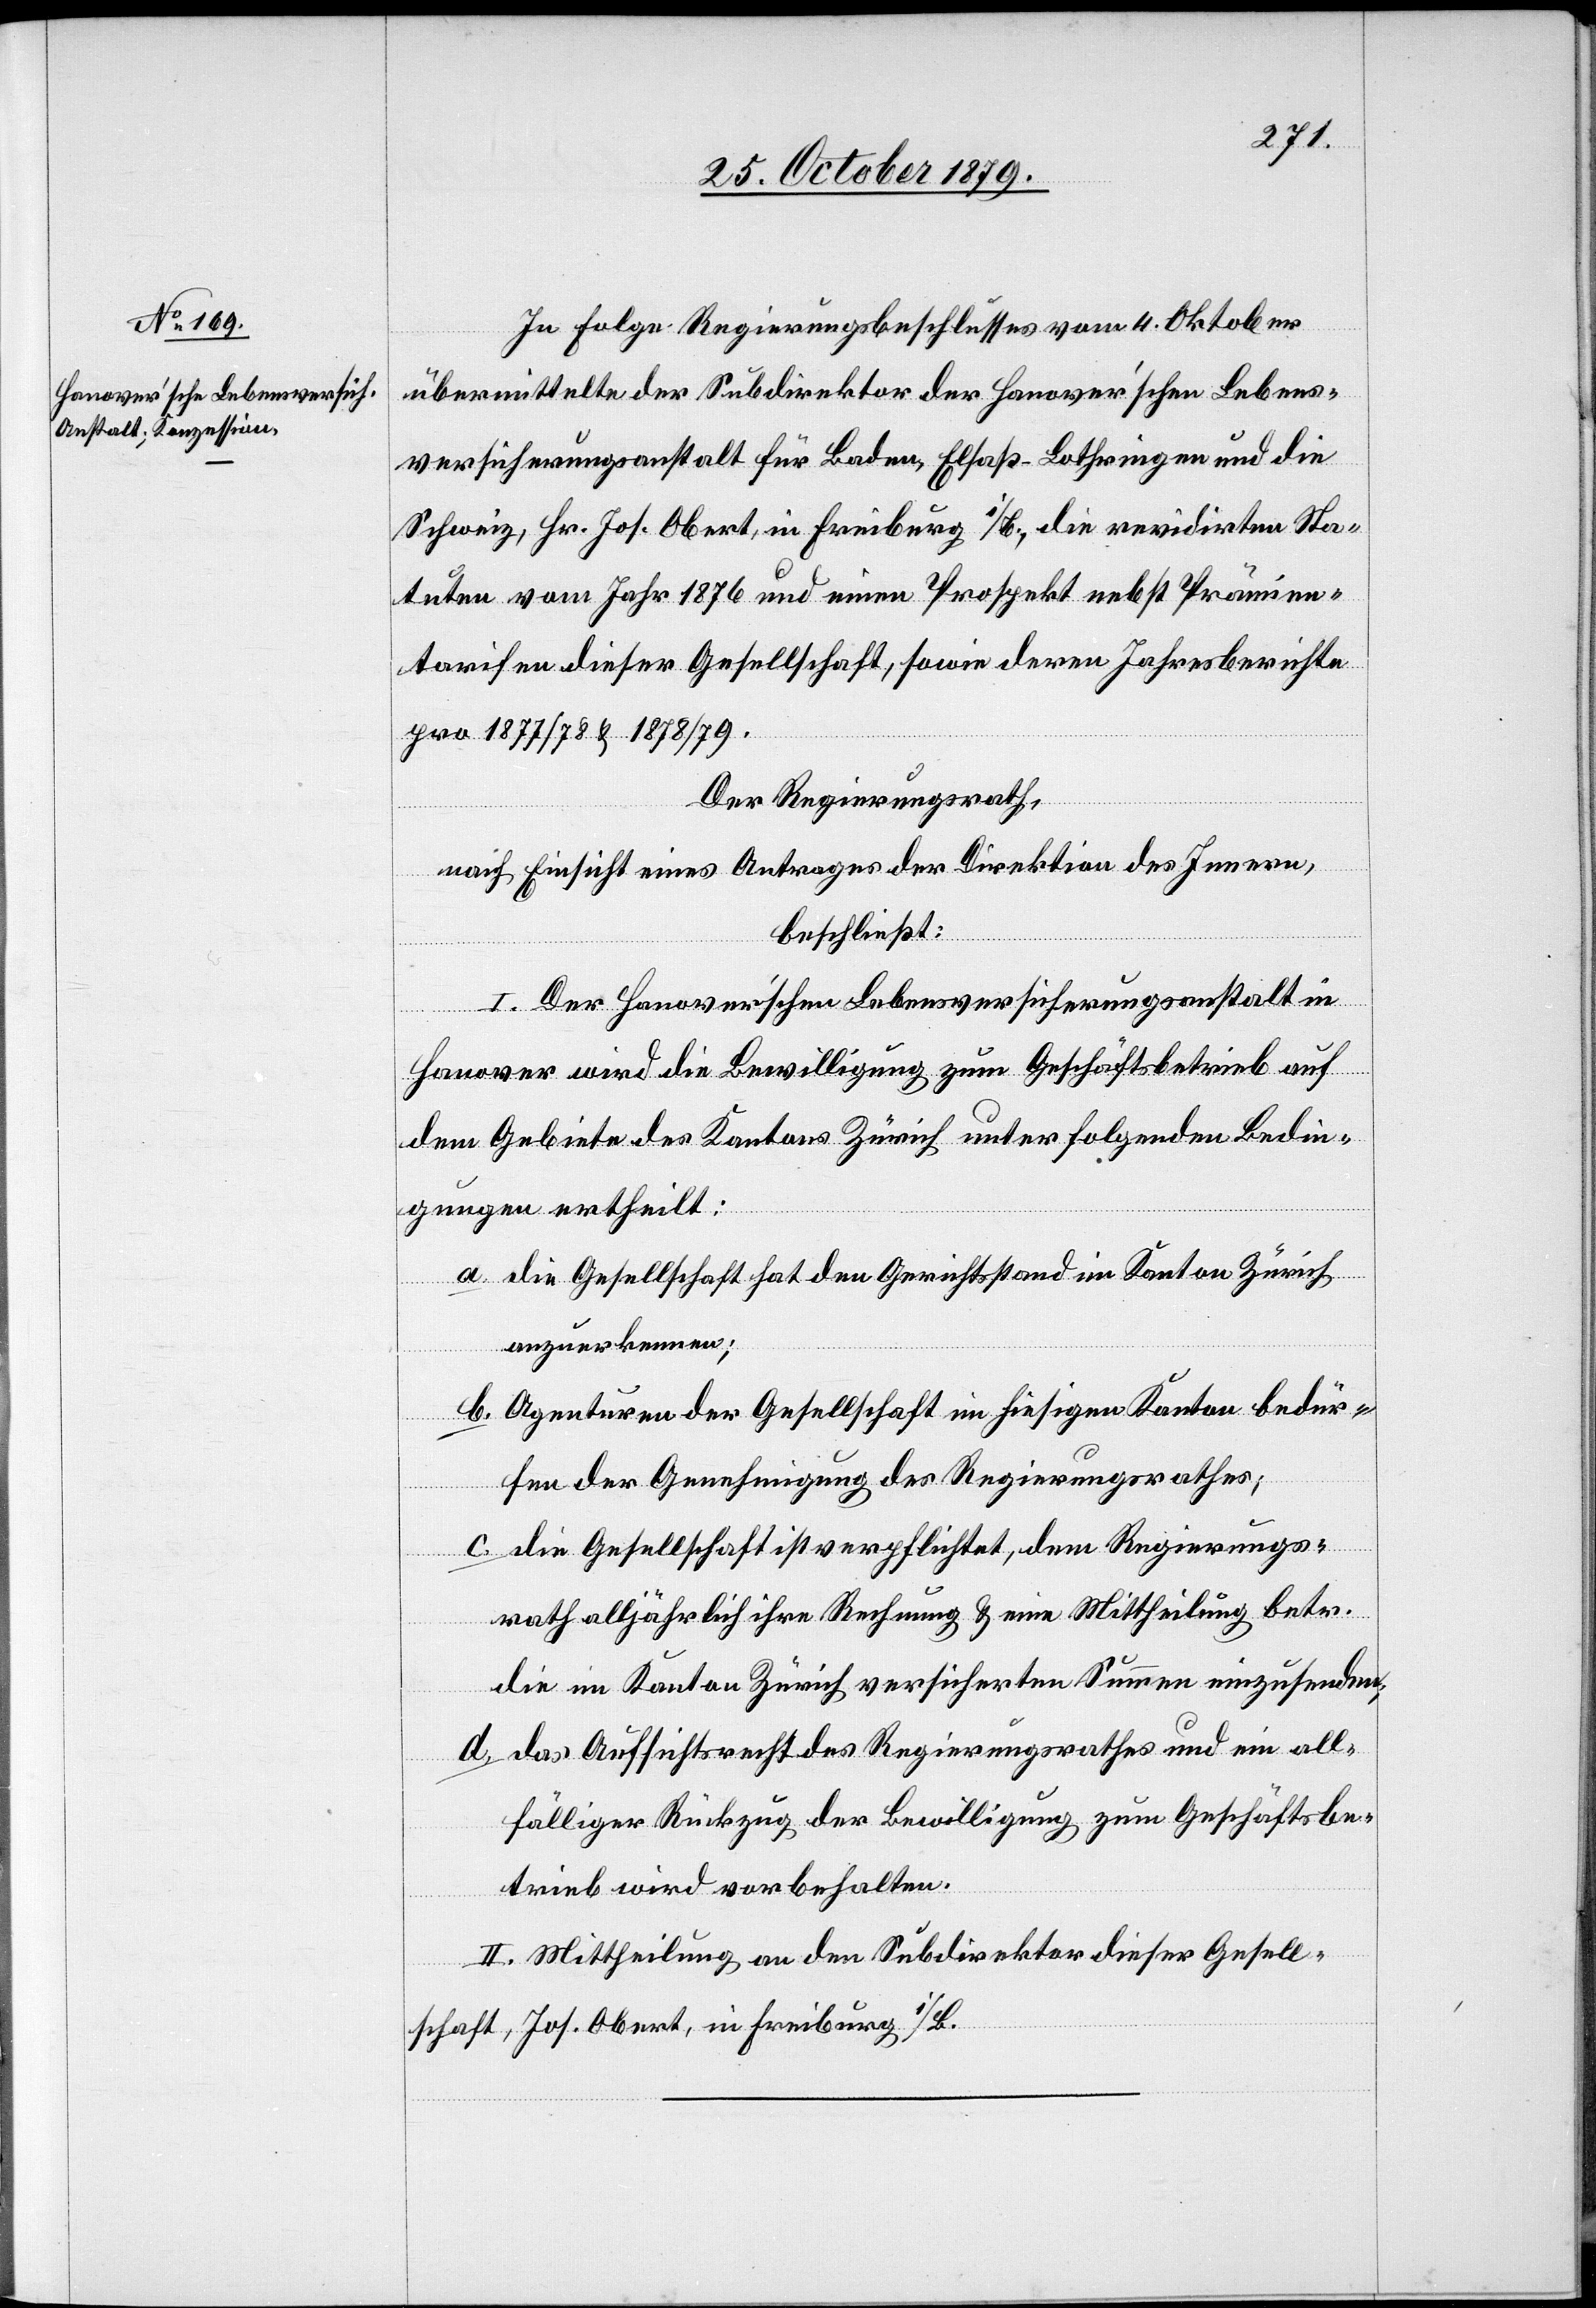
In Folge Regierungsbeschlusses vom 14. Oktober
übermittelte der Subdirektor der Hanover’schen Lebens¬
versicherungsanstalt für Baden, Elsaß-Lothringen und die
Schweiz, Hr. Joh. Obert, in Freiburg i/B., die revidirten Sta¬
tuten vom Jahr 1876 und einen Prospekt nebst Prämien¬
tarifen dieser Gesellschaft, sowie deren Jahresberichte
pro 1877/78 & 1878/79.
Der Regierungsrath,
nach Einsicht eines Antrages der Direktion des Innern,
beschließt:
I. Der Hanover’schen Lebensversicherungsanstalt in
Hanover wird die Bewilligung zum Geschäftsbetrieb auf
dem Gebiete des Kantons Zürich unter folgenden Bedin¬
gungen ertheilt:
a. die Gesellschaft hat den Gerichtsstand im Kanton Zürich
anzuerkennen;
b. Agenturen der Gesellschaft im hiesigen Kanton bedür¬
fen der Genehmigung des Regierungsrathes;
c. die Gesellschaft ist verpflichtet, dem Regierungs¬
rath alljährlich ihre Rechnung & eine Mittheilung betr.
die im Kanton Zürich versicherten Summen einzusenden;
d. das Aufsichtsrecht des Regierungsrathes und ein all¬
fälliger Rückzug der Bewilligung zum Geschäftsbe¬
trieb wird vorbehalten.
II. Mittheilung an den Subdirektor dieser Gesell¬
schaft, Jos. Obert, In Freiburg i/B.